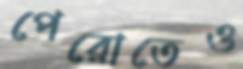
পেরোতেও